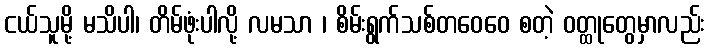
ငယ်သူမို့ မသိပါ၊ တိမ်ဖုံးပါလို့ လမသာ ၊ စိမ်းရွက်သစ်တဝေဝေ စတဲ့ ဝတ္ထုတွေမှာလည်း